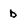
Character: b